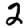
Digit: 2